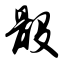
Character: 骰